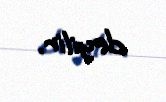
deyilir.